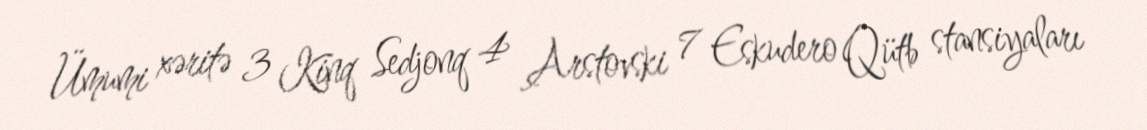
Ümumi xəritə 3 Kinq Sedjonq 4 Arstovski 7 Eskudero Qütb stansiyaları